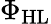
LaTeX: \Phi_{\mathrm{HL}}